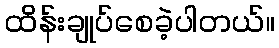
ထိန်းချုပ်စေခဲ့ပါတယ်။